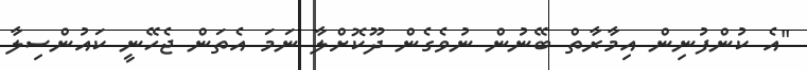
"އެ ކުންފުނިން އިމާރާތް ބޭނުން ނުވެގެން ދޫކޮށްލާ ނަމަ އެތަން ޖެހޭނީ ކައުންސިލާ